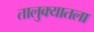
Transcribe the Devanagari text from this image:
तालुक्यातला